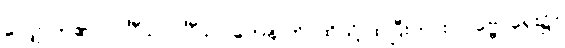
လျှောက်၏။) ဝင်္ဂီသ၊ ဝင်္ဂီသ။ တေန ဟိ၊ ထိုသို့ ထပြီးကား။ ပုဗ္ဗေ၊ ရှေး၌။